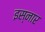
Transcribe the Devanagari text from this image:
इस्नार